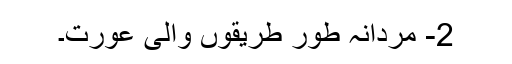
2- مردانہ طور طریقوں والی عورت۔